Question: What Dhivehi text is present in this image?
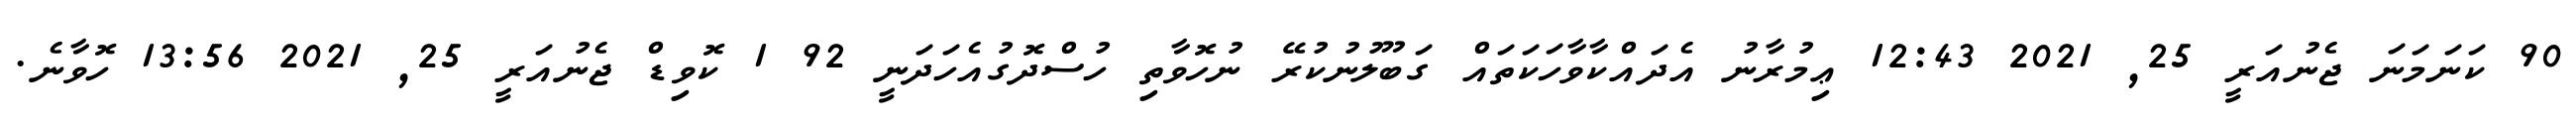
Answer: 90 ކަނަމަނަ ޖެނުއަރީ 25, 2021 12:43 ޢިމުރާނު އެދައްކާވާހަކަތައް ގަބޫލުނުކުރޭ ނުހޮވާތި ހުސްދޮގުއެހަދަނީ 92 1 ކޮވިޑް ޖެނުއަރީ 25, 2021 13:56 ހޮވާނެ.